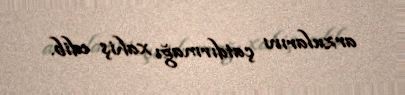
arzularını çatdırmağı xahiş edib.